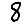
Digit: 8